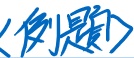
$\langle  例题 \rangle$